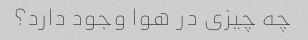
چه چیزی در هوا وجود دارد؟